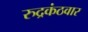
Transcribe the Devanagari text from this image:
रुद्रकंठवार